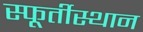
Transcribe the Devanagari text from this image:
स्फूर्तीस्थान